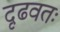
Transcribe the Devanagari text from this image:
दृढवतः